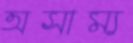
অসাম্য